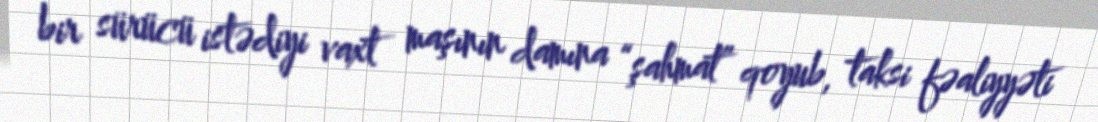
bir sürücü istədiyi vaxt maşının damına “şahmat” qoyub, taksi fəaliyyəti